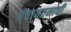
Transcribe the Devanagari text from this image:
पंचायतनाची